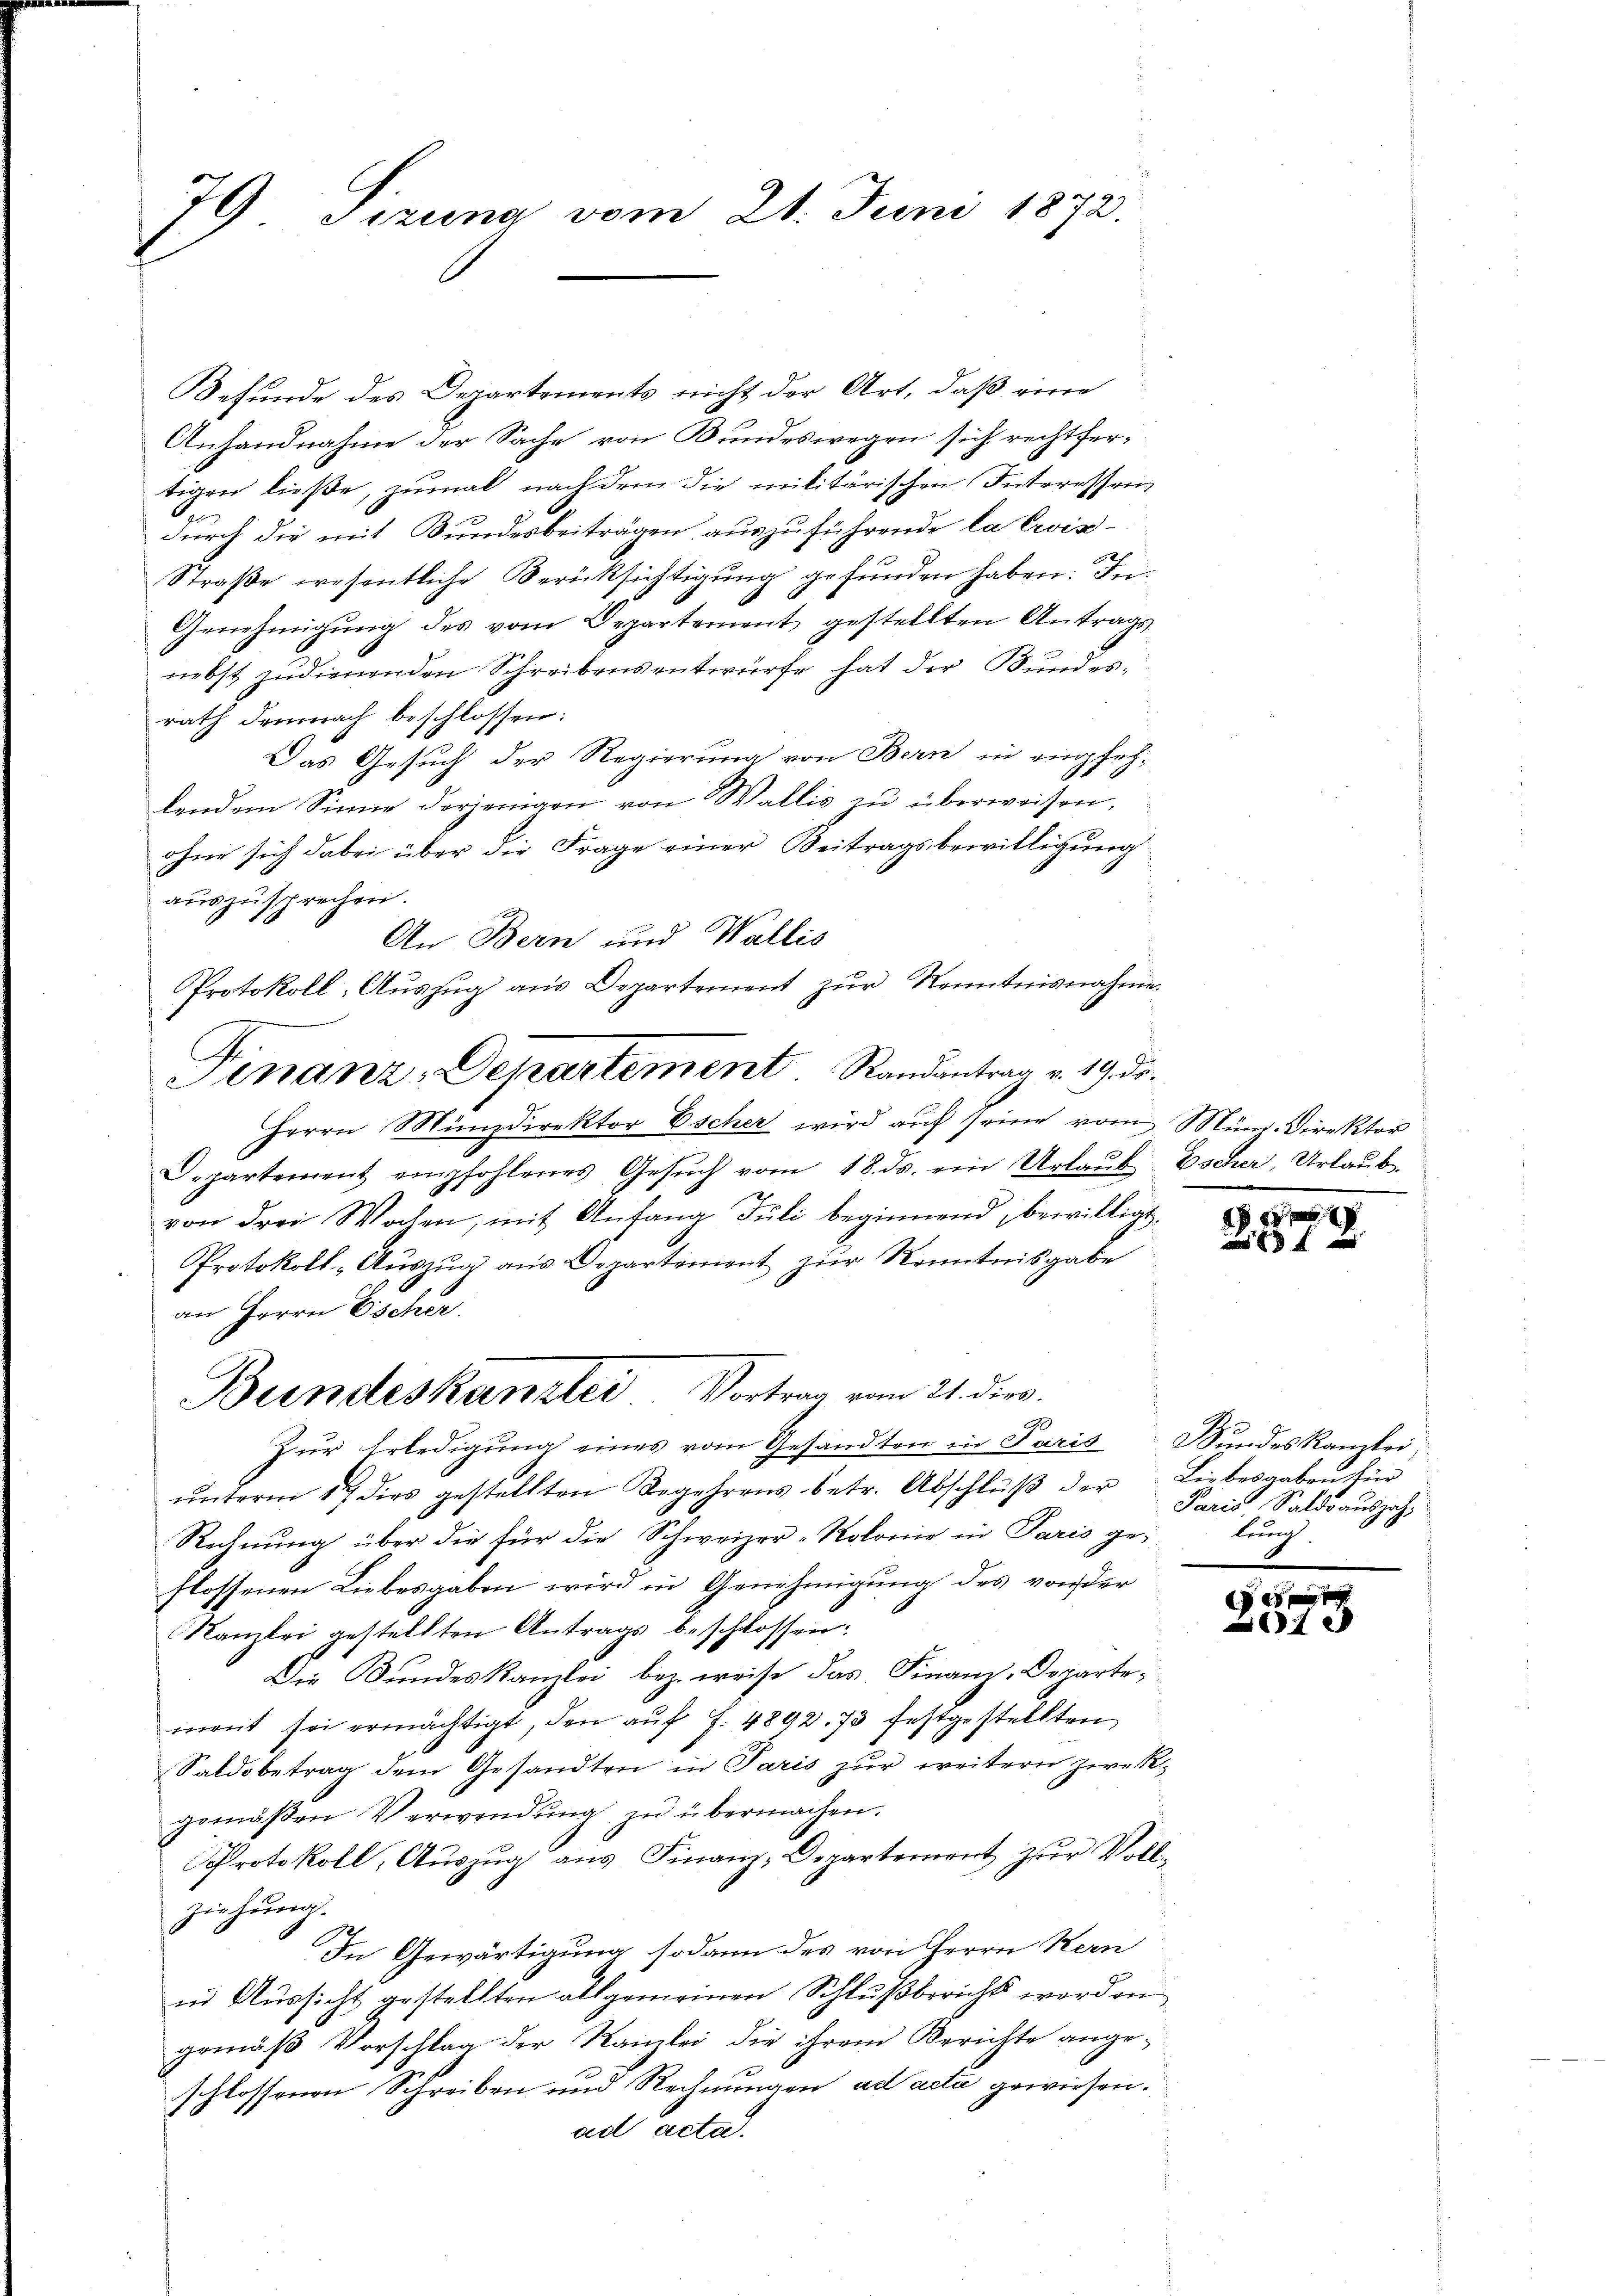
79 Sizung vom 21. Juni 1872.

Befunde des Departements nicht der Art, daß eine
Anhandnahme der Sache von Bundeswegen sich rechtfertigen ließe, zumal nach dem die militärischen Interessen
b
durch die mit Bundesbeiträgen auszuführende la Crois-
Straße wesentliche Berücksichtigung gefunden haben. In
Genehmigŭng des vom Departement gestellten Antrags
nebst zudienenden Schreibensentwürfe hat der Bundes-
rath demnach beschlossen:
Das Gesuch der Regierung von Bern in empfehlendem Sinne derjenigen von Wallis zu überweisen,
ohne sich dabei über die Frage einer Beitragsbewilligung
auszusprechen.
7
An Bern und Wallis
Protokoll, Aŭszŭg aŭs Departement zŭr Kenntnisnahme.
Herrn Münzdirektor Escher wird auf seine vom Münd. Direktor
Departement empfohlenes Gesŭch vom 18. ds. ein Urlaŭb-Escher, Urlaŭb.
von drei Wochen, mit Anfang Juli beginnend, bewilligt,
Protokoll-Aŭszŭg aŭs Departement zur Kenntnisgabe
an Herrn Escher
Bundeskanzlei Vortrag vom 21. dies
Zŭr Erledigŭng eines vom Gesandten in Paris Bŭndeskanzlei,
ŭnterm 17 dies gestellten Begehrens betr. Abschlŭβ der Liebesgaben für
Rechnung über die für die Schweizer-Rolonie in Paris geflossenen Liebesgaben wird in Genehmigung des von der
Kanzlei gestellten Antrags beschlossen:
Die Bundeskanzlei, bez. weise das Finanz-Departement sei ermächtigt, den auf S. 4892. 73 festgestellten
Saldobetrag dem Gesandten in Paris zur weitern Zweckgemäßen Verwendung zu übermachen.
Protokoll, Auszug aus Finanz-Departement zur Vollziehung.
In Gewärtigung sodann des von Herrn Kern
in Aussicht gestellten allgemeinen Schlußbericht worden
gemäß Vorschlag der Kanzlei die ihrem Berichte ange-
schlossenen Schreiben und Rechnungen ad acta gewiesen.
ad acta

Finanz, Departement. Randantrag v. 19. ds.

x

Paris, Saldsauszahleug

2 x
7